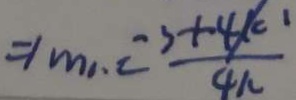
\Rightarrow m _ { 1 } = \frac { - 3 + 4 / k ^ { 1 } } { 4 k }